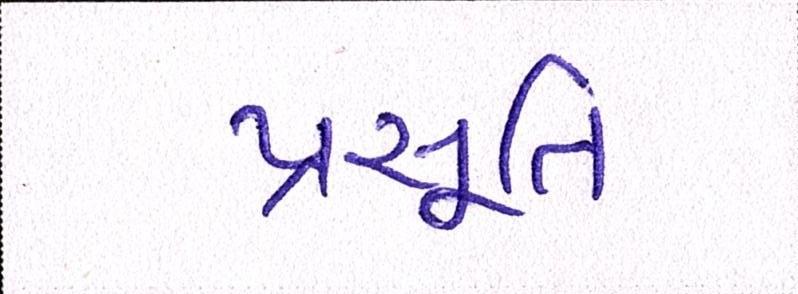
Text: પ્રસૂતિ